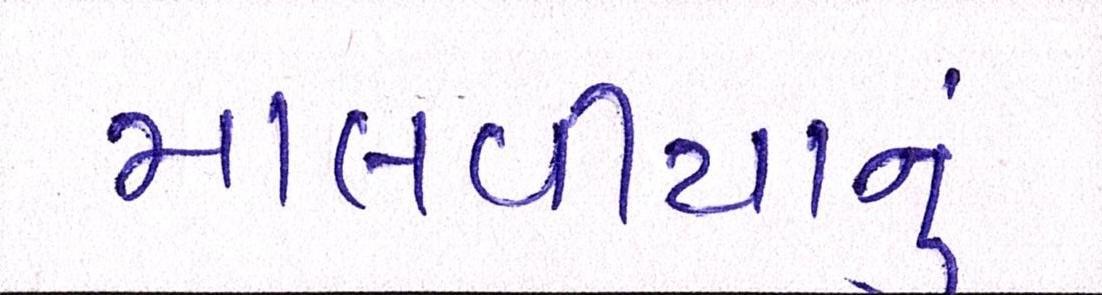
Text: માલવીયાનું